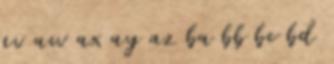
av aw ax ay az ba bb bc bd